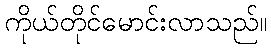
ကိုယ်တိုင်မောင်းလာသည်။